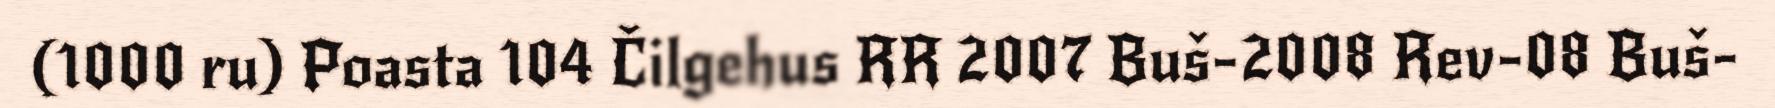
(1000 ru) Poasta 104 Čilgehus RR 2007 Buš-2008 Rev-08 Buš-